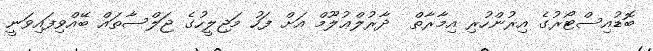
ބޮޑުއިސްޓޯރުގެ އިރުންހުރި އިމާރާތް  ދާރުލްޢުލޫމް އަށް ފަހު މަޖިލީހުގެ ޖަލްސާތައް ބޭއްވިފައިވަނީ